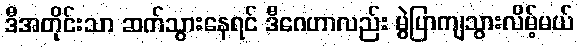
ဒီအတိုင်းသာ ဆက်သွားနေရင် ဒီဂေဟာလည်း မွဲပြာကျသွားလိမ့်မယ်